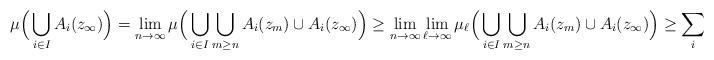
LaTeX: \begin{align*} \mu\Big(\bigcup_{i \in I} A_i(z_\infty)\Big) = \lim_{n \to \infty} \mu\Big(\bigcup_{i \in I} \bigcup_{m \ge n} A_i(z_m) \cup A_i(z_\infty)\Big) \ge \lim_{n \to \infty} \lim_{\ell \to \infty} \mu_\ell\Big(\bigcup_{i \in I} \bigcup_{m \ge n} A_i(z_m) \cup A_i(z_\infty)\Big) \ge \sum_i q_i, \end{align*}